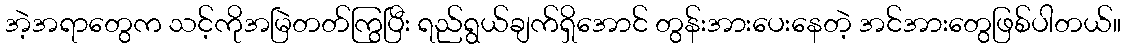
အဲ့အရာတွေက သင့်ကိုအမြဲတတ်ကြွပြီး ရည်ရွယ်ချက်ရှိအောင် တွန်းအားပေးနေတဲ့ အင်အားတွေဖြစ်ပါတယ်။